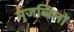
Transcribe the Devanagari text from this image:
मुजब्बिलों